Insane asylums in Bengal annual reports 1867-1875 - 1867-1875
Year: 1867
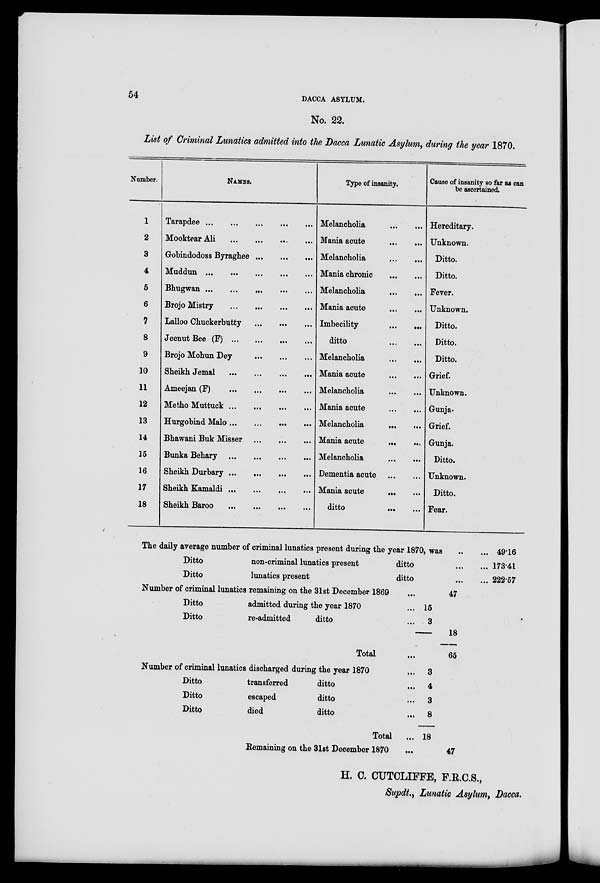
54
DACCA ASYLUM.
No. 22.
List of Criminal Lunatics admitted into the Dacca Lunatic Asylum, during the year 1870.
Number.
1
2
3
4
5
6
7
8
9
10
11
12
13
14
15
16
17
18
NAMES.
Tarapdee ... ... ... ... ...
Mooktear Ali
...
...
...
...
Gobindodoss Byraghee ... ... ...
Muddun
...
...
...
...
Bhugwan ... ... ...
...
...
Brojo Mistry
...
...
...
...
Lalloo Chuckerbutty
...
...
...
Jeenut Bee (F)
...
...
...
...
Brojo Mohun Dey
...
...
...
Sheikh Jemal
...
...
...
...
Ameejan (F)
...
...
...
...
Metho Muttuck
...
...
...
...
Hurgobind Malo ... ... ... ...
Bhawani Buk Misser ... ... ...
Bunka Behary
...
...
...
...
Sheikh Durbary ... ... ... ...
Sheikh Kamaldi
...
...
...
...
Sheikh Baroo ... ... ... ...
Type of insanity.
Melancholia ... ...
Mania acute
...
...
Melancholia
...
...
Mania chronic
...
...
Melancholia
...
...
Mania acute
...
...
Imbecility
...
...
ditto
...
...
Melancholia
...
...
Mania acute
...
...
Melancholia
...
...
Mania acute
...
...
Melancholia
...
...
Mania acute
...
...
Melancholia
...
...
Dementia acute
...
...
Mania acute ... ...
ditto
...
...
Cause of insanity so far as can
be ascertained.
Hereditary.
Unknown.
Ditto.
Ditto.
Fever.
Unknown.
Ditto.
Ditto.
Ditto.
Grief.
Unknown.
Gunja.
Grief.
Gunja.
Ditto.
Unknown.
Ditto.
Fear.
The daily average number of criminal lunatics present during the year 1870, was ... ...
Ditto
non-criminal lunatics
present
ditto
...
...
Ditto
lunatics present
ditto
... ...
Number of criminal lunatics remaining on the 31st December 1869 ...
Ditto
admitted during the year 1870 ...
Ditto
re-admitted
ditto ...
Total ...
15
3
47
18
65
49.16
173.41
222.57
Number of criminal lunatics discharged during the year 1870 ...
Ditto
transferred
ditto ...
Ditto
escaped
ditto ...
Ditto
died
ditto
...
Total
...
Remaining on the 31st December 1870 ...
3
4
3
8
18
47
H. C. CUTCLIFFE, F.R.C.S.,
Supdt., Lunatic Asylum, Dacca.